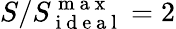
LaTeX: S/S_{\mathrm{~i~d~e~a~l~}}^{\mathrm{~m~a~x~}}=2